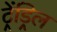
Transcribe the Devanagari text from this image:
ट्रेंड्रिल